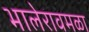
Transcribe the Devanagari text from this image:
भालेरावमळा